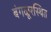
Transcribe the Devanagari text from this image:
बंगळूरस्थित